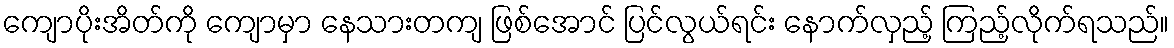
ကျောပိုးအိတ်ကို ကျောမှာ နေသားတကျ ဖြစ်အောင် ပြင်လွယ်ရင်း နောက်လှည့် ကြည့်လိုက်ရသည်။